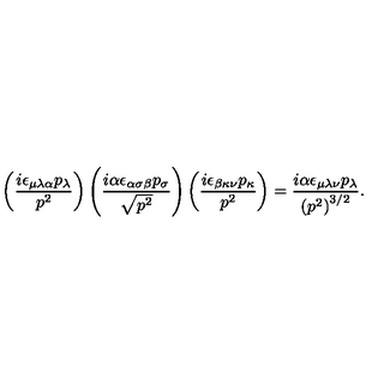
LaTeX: \left( \frac { i \epsilon _ { \mu \lambda \alpha } p _ { \lambda } } { p ^ { 2 } } \right) \left( \frac { i \alpha \epsilon _ { \alpha \sigma \beta } p _ { \sigma } } { \sqrt { p ^ { 2 } } } \right) \left( \frac { i \epsilon _ { \beta \kappa \nu } p _ { \kappa } } { p ^ { 2 } } \right) = \frac { i \alpha \epsilon _ { \mu \lambda \nu } p _ { \lambda } } { \left( p ^ { 2 } \right) ^ { 3 / 2 } } .